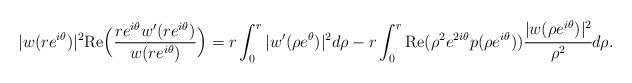
LaTeX: \begin{align*}|w(re^{i\theta})|^2 {\rm Re}\Big(\frac{re^{i\theta}w'(re^{i\theta})}{w(re^{i\theta})}\Big)= r \int_0 ^r |w'(\rho e^{\theta})|^2 d\rho -r \int_0 ^r {\rm Re}(\rho^2e^{2i\theta}p(\rho e^{i\theta})) \cfrac{|w(\rho e^{i\theta})|^2}{\rho^2} d\rho.\end{align*}